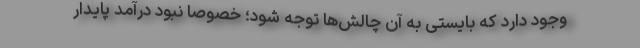
وجود دارد که بایستی به آن چالش‌ها توجه شود؛ خصوصا نبود درآمد پایدار